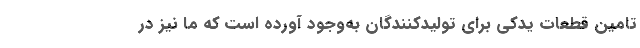
تامین قطعات یدکی برای تولیدکنندگان به‌وجود آورده است که ما نیز در